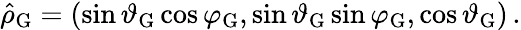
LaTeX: \hat{\rho}_{\mathrm{G}}=\left(\sin\vartheta_{\mathrm{G}}\cos\varphi_{\mathrm{G}},\sin\vartheta_{\mathrm{G}}\sin\varphi_{\mathrm{G}},\cos\vartheta_{\mathrm{G}}\right)\, .